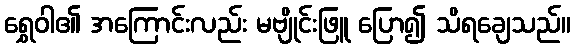
ရွှေဝါ၏ အကြောင်းလည်း မဗျိုင်းဖြူ ပြော၍ သိရချေသည်။